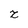
Character: z